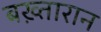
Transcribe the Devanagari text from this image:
बख़्तारान